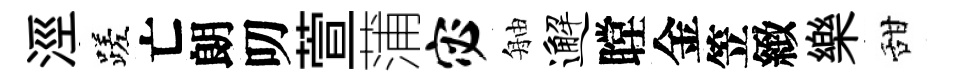
涇蹉亡朗叨萱蒲宓舳邂瞠金笠緻樂甜